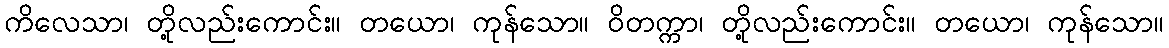
ကိလေသာ၊ တို့လည်းကောင်း။ တယော၊ ကုန်သော။ ဝိတက္ကာ၊ တို့လည်းကောင်း။ တယော၊ ကုန်သော။